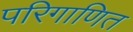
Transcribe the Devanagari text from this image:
परिगाणित